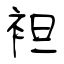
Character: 袒